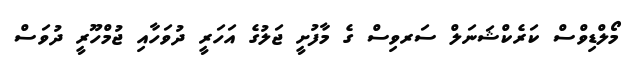
މޯލްޑިވްސް ކަރެކްޝަނަލް ސަރވިސް ގެ މާފުށީ ޖަލުގެ އަހަރީ ދުވަހާއި ޖުމްހޫރީ ދުވަސް